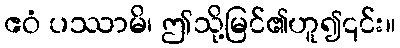
ဧဝံ ပဿာမိ၊ ဤသို့မြင်၏ဟူ၍၎င်း။